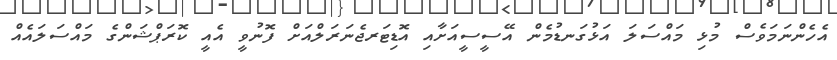
އެހެންނަމަވެސް މުޅި މައްސަލަ އަޅުގަނޑުމެން އޭސީސީއަށާއި އޮޑިޓަރޖެނަރަލްއަށް ފޮނުވީ އެއީ ކޮރަޕްޝަންގެ މައްސަލައެއް